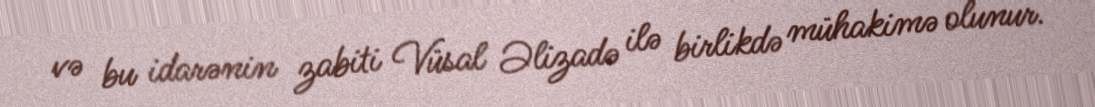
və bu idarənin zabiti Vüsal Əlizadə ilə birlikdə mühakimə olunur.